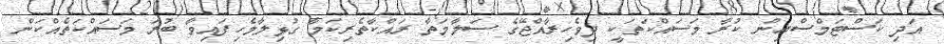
އަދި ކަސްޓަމްސްއިން ކުރާ މަސައްކަތަކީ ދިވެހިރާއްޖޭގެ ސަލާމަތާ ރައްކާތެރިކަމާ ގުޅިލާމެހިފައިވާ ބުރަ މަސައްކަތެއްކަން